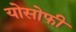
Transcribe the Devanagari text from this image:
योसोफी